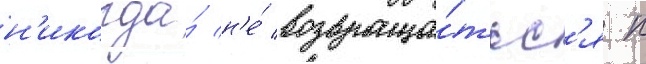
н'икогда́ н'е́ возвраща́тьс'я к